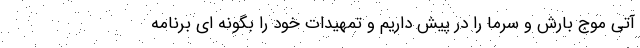
آتی موج بارش و سرما را در پیش داریم و تمهیدات خود را بگونه ای برنامه